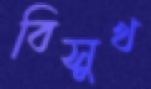
বিসুখ